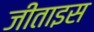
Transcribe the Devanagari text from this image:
जीताइस